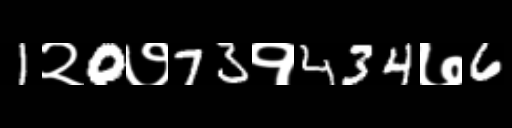
Text: 1२0७73१434७6